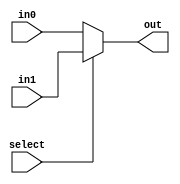
module mux_2_5(out, select, in0, in1);
    input select;
    input [4:0] in0, in1;
    output [4:0] out;
    assign out = select ? in1 : in0;
endmodule